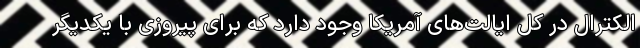
الکترال در کل ایالت‌های آمریکا وجود دارد که برای پیروزی با یکدیگر